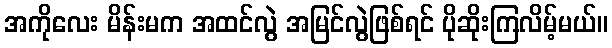
အကိုလေး မိန်းမက အထင်လွဲ အမြင်လွဲဖြစ်ရင် ပိုဆိုးကြလိမ့်မယ်။